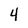
Character: 4